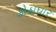
કોઠાધાર